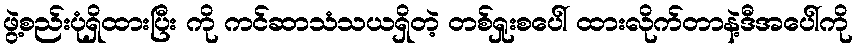
ဖွဲ့စည်းပုံရှိထားပြီး ကို ကင်ဆာသံသယရှိတဲ့ တစ်ရှုးစပေါ် ထားလိုက်တာနဲ့ဒီအပေါ်ကို